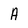
Character: A